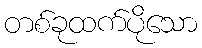
တစ်ခုထက်ပိုသော